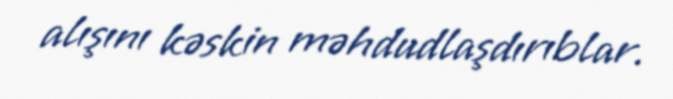
alışını kəskin məhdudlaşdırıblar.